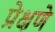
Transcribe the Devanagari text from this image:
प्रेक्षणे